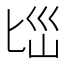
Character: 𱑄